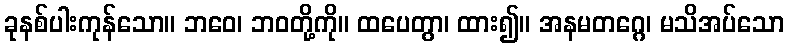
ခုနစ်ပါးကုန်သော။ ဘဝေ၊ ဘဝတို့ကို။ ထပေတွာ၊ ထား၍။ အနမတဂ္ဂေ၊ မသိအပ်သော